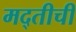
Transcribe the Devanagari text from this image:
मद्तीची